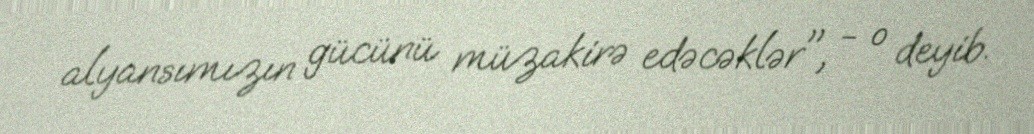
alyansımızın gücünü müzakirə edəcəklər", - o deyib.